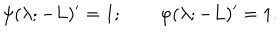
\psi ( \lambda ; - L ) ^ { \prime } = 1 ; \qquad \varphi ( \lambda ; - L ) ^ { \prime } = 1 .